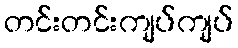
တင်းတင်းကျပ်ကျပ်